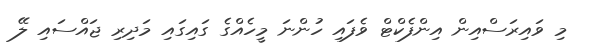
މި ވައިރަސްއިން އިންފެކްޓް ވެފައި ހުންނަ މީހެއްގެ ގައިގައި މަދިރި ޖައްސައި ލޭ